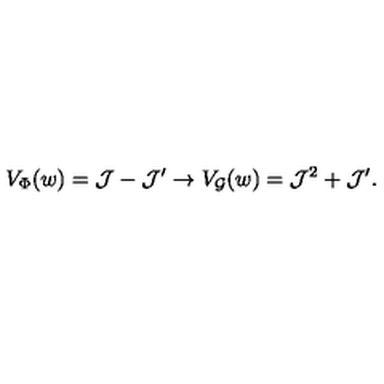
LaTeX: V _ { \Phi } ( w ) = { \cal J } - { \cal J } ^ { \prime } \rightarrow V _ { { \cal G } } ( w ) = { \cal J } ^ { 2 } + { \cal J } ^ { \prime } .